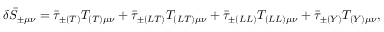
\delta \bar { S } _ { \pm \mu \nu } = \bar { \tau } _ { \pm ( T ) } T _ { ( T ) \mu \nu } + \bar { \tau } _ { \pm ( L T ) } T _ { ( L T ) \mu \nu } + \bar { \tau } _ { \pm ( L L ) } T _ { ( L L ) \mu \nu } + \bar { \tau } _ { \pm ( Y ) } T _ { ( Y ) \mu \nu } ,